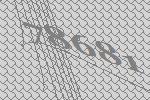
78681